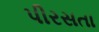
પીરસતા